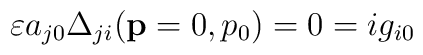
\varepsilon a_{j0}\Delta _{ji}(\mathbf{p}=0,p_{0})=0=ig_{i0}